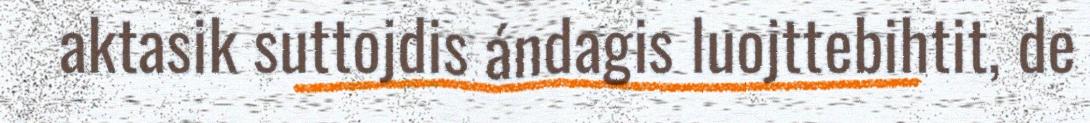
aktasik suttojdis ándagis luojttebihtit, de